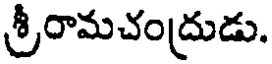
శ్రీరామచంద్రుడు.